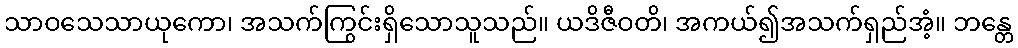
သာဝသေသာယုကော၊ အသက်ကြွင်းရှိသောသူသည်။ ယဒိဇီဝတိ၊ အကယ်၍အသက်ရှည်အံ့။ ဘန္တေ